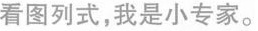
看图列式，我是小专家。